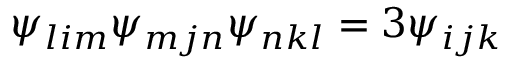
\psi _ { l i m } \psi _ { m j n } \psi _ { n k l } = 3 \psi _ { i j k }